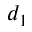
d _ { 1 }